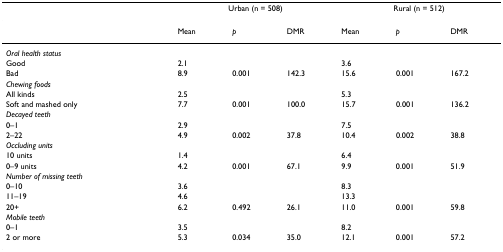
|  | <COLSPAN=3> Urban (n = 508) | <COLSPAN=3> Rural (n = 512) |
 | --- | --- | --- | --- | --- | --- | --- |
 |  | Mean | p | DMR | Mean | p | DMR |
 | Oral health status |  |  |  |  |  |  |
 | Good | 2.1 |  |  | 3.6 |  |  |
 | Bad | 8.9 | 0.001 | 142.3 | 15.6 | 0.001 | 167.2 |
 | Chewing foods |  |  |  |  |  |  |
 | All kinds | 2.5 |  |  | 5.3 |  |  |
 | Soft and mashed only | 7.7 | 0.001 | 100.0 | 15.7 | 0.001 | 136.2 |
 | Decayed teeth |  |  |  |  |  |  |
 | 0–1 | 2.9 |  |  | 7.5 |  |  |
 | 2–22 | 4.9 | 0.002 | 37.8 | 10.4 | 0.002 | 38.8 |
 | Occluding units |  |  |  |  |  |  |
 | 10 units | 1.4 |  |  | 6.4 |  |  |
 | 0–9 units | 4.2 | 0.001 | 67.1 | 9.9 | 0.001 | 51.9 |
 | Number of missing teeth |  |  |  |  |  |  |
 | 0–10 | 3.6 |  |  | 8.3 |  |  |
 | 11–19 | 4.6 |  |  | 13.3 |  |  |
 | 20+ | 6.2 | 0.492 | 26.1 | 11.0 | 0.001 | 59.8 |
 | Mobile teeth |  |  |  |  |  |  |
 | 0–1 | 3.5 |  |  | 8.2 |  |  |
 | 2 or more | 5.3 | 0.034 | 35.0 | 12.1 | 0.001 | 57.2 |